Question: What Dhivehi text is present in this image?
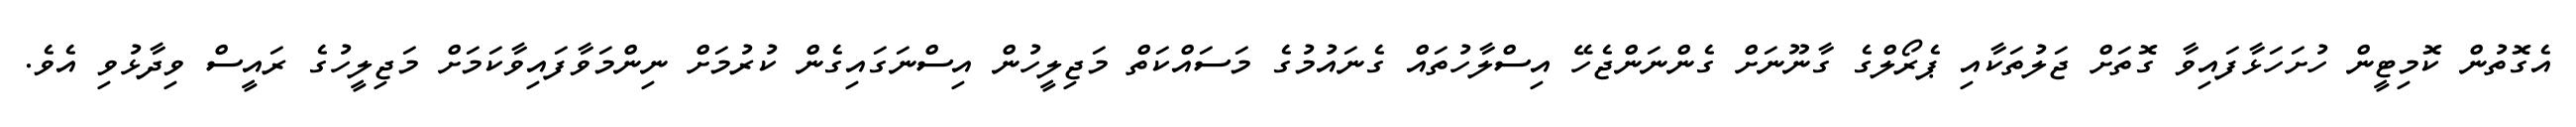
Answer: އެގޮތުން ކޮމިޓީން ހުށަހަޅާފައިވާ ގޮތަށް ޖަލުތަކާއި ޕެރޯލްގެ ގާނޫނަށް ގެންނަންޖެހޭ އިސްލާހުތައް ގެނައުމުގެ މަސައްކަތް މަޖިލީހުން އިސްނަގައިގެން ކުރުމަށް ނިންމަވާފައިވާކަމަށް މަޖިލީހުގެ ރައީސް ވިދާޅުވި އެވެ.